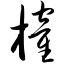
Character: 榷